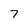
Character: 7